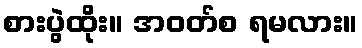
စားပွဲထိုး။ အဝတ်စ ရမလား။